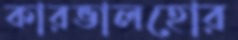
কারভালহোর